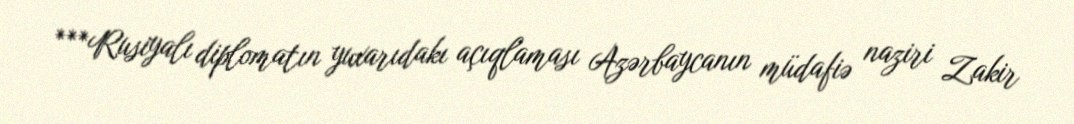
***Rusiyalı diplomatın yuxarıdakı açıqlaması Azərbaycanın müdafiə naziri Zakir